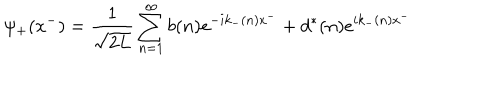
\psi _ { + } ( x ^ { - } ) = { \frac { 1 } { \sqrt { 2 L } } } \sum _ { n = 1 } ^ { \infty } b ( n ) e ^ { - i k _ { - } ( n ) x ^ { - } } + d ^ { * } ( n ) e ^ { i k _ { - } ( n ) x ^ { - } }